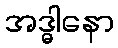
အဒ္ဓါနော